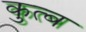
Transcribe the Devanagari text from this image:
कुत्ब